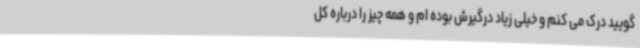
گویید درک می کنم و خیلی زیاد درگیرش بوده ام و همه چیز را درباره کل